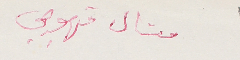
ميشال قهوجي